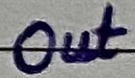
Text: Out